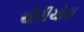
ચૌરીચોરા